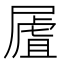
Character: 𡳆